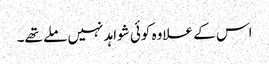
اس کے علاوہ کوئی شواہد نہیں ملے تھے۔